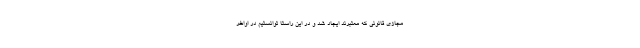
مجازی قانونی که معتبرند ایجاد شد و در این راستا توانستیم در اواخر